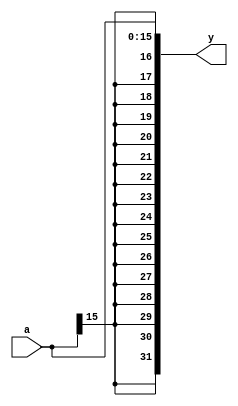
//-----------------------------------------------------------------------------
//
// Title       : SignExtend
// Design      : SPARC
//
//-----------------------------------------------------------------------------
//
// Generated   : Wed Jun 12 00:02:02 2013
// From        : interface description file
// By          : Itf2Vhdl ver. 1.22
//
//-----------------------------------------------------------------------------
//
// Description : 
//
//-----------------------------------------------------------------------------
`timescale 1 ns / 1 ps

module SignExtend (
	input [15:0] a,
	output [31:0] y
	);
	
	assign y = {{16{a[15]}} , a}; //Concatenation {a,b} - Replication {REPEAT_NUM{value}}
	
endmodule